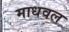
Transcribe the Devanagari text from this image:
माधवल